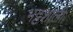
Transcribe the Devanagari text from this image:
भट्टशाली